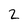
Character: 2